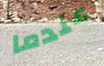
عندما